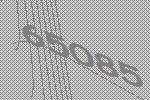
65085